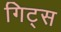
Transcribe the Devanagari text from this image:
गिट्स